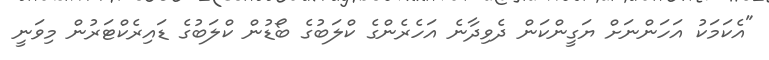
"އެކަމަކު އަހަންނަށް ޔަގީންކަން ދެވިދާނެ އަހެރެންގެ ކްލަބުގެ ބޯޑުން ކްލަބުގެ ޑައިރެކްޓަރުން މިވަނީ